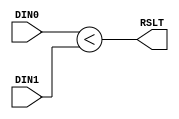
/******************************************************************************/
/* HMS(E), an E-record hardware merge sorter                 Ryohei Kobayashi */
/*                                                         Version 2017-11-30 */
/******************************************************************************/
`default_nettype none

/***** A comparator                                                       *****/
/******************************************************************************/
module COMPARATOR #(parameter              KEYW = 32)
                   (input  wire [KEYW-1:0] DIN0,
                    input  wire [KEYW-1:0] DIN1,
                    output wire            RSLT);
  
  assign RSLT = (DIN0 < DIN1);
  
endmodule


/***** A control logic to detect both keys are equal                      *****/
/******************************************************************************/
module EQUAL_DETECTOR #(parameter              KEYW = 32)
                       (input  wire [KEYW-1:0] DIN0,
                        input  wire [KEYW-1:0] DIN1,
                        output wire            RSLT);
  
  assign RSLT = (DIN0 == DIN1);
  
endmodule


/***** A 2-input multiplexer                                              *****/
/******************************************************************************/
module MUX2 #(parameter              DATW = 64)
             (input  wire [DATW-1:0] DIN0,
              input  wire [DATW-1:0] DIN1,
              input  wire            SEL,
              output wire [DATW-1:0] DOUT);

  function [DATW-1:0] mux;
    input [DATW-1:0] a;
    input [DATW-1:0] b;
    input            sel;
    begin
      case (sel)
        1'b0: mux = a;
        1'b1: mux = b;
      endcase
    end
  endfunction

  assign DOUT = mux(DIN1, DIN0, SEL);
    
endmodule
  

/***** A 3-input multiplexer                                              *****/
/******************************************************************************/
module MUX3 #(parameter              DATW = 64)
             (input  wire [DATW-1:0] DIN0,
              input  wire [DATW-1:0] DIN1,
              input  wire [DATW-1:0] DIN2,
              input  wire [1:0]      SEL,
              output wire [DATW-1:0] DOUT);

  function [DATW-1:0] mux;
    input [DATW-1:0] a;
    input [DATW-1:0] b;
    input [DATW-1:0] c;
    input [1:0]      sel;
    begin
      casex (sel)
        2'bx0: mux = a;
        2'b01: mux = b;
        2'b11: mux = c;
      endcase
    end
  endfunction

  assign DOUT = mux(DIN0, DIN2, DIN1, SEL);
    
endmodule
  

/***** A sort logic                                                       *****/
/******************************************************************************/
module SORT_LOGIC #(parameter                       E_LOG = 2,
                    parameter                       DATW  = 64,
                    parameter                       KEYW  = 32)
                   (input  wire                     CLK,
                    input  wire                     RST,
                    input  wire                     STALL,
                    input  wire [(DATW<<E_LOG)-1:0] DIN,
                    input  wire                     DINEN,
                    output wire [(DATW<<E_LOG)-1:0] DOT,
                    output wire                     DOTEN);
   
  genvar i;
  
  // Stage A
  //////////////////////////////////////////////////////////
  reg  [(DATW<<E_LOG)-1:0] din_a;    // pipeline register for E records
  reg                      dinen_a;  // pipeline register for control
  reg  [DATW-1:0]          fb_buf;
  wire [DATW-1:0]          fb_record;
  wire [(1<<E_LOG)-1:0]    comp_rslts;

  always @(posedge CLK) if (!STALL) din_a <= DIN;
  always @(posedge CLK) begin
    if      (RST)    dinen_a <= 0;
    else if (!STALL) dinen_a <= DINEN;
  end

  generate
    for (i=0; i<(1<<E_LOG); i=i+1) begin: comparators
      COMPARATOR #(KEYW)
      comparator(din_a[(KEYW+DATW*i)-1:DATW*i], fb_buf[KEYW-1:0], comp_rslts[i]);
    end
  endgenerate
  
  MUX2 #(DATW)
  mux2(din_a[(DATW<<E_LOG)-1:(DATW<<E_LOG)-DATW], fb_buf, ~comp_rslts[(1<<E_LOG)-1], fb_record);

  always @(posedge CLK) begin
    if (RST) begin
      fb_buf <= 0;  // This register is initialized to 0 for an ascending order
    end else if (!STALL) begin
      if (dinen_a) fb_buf <= fb_record;
    end
  end
  
  // Stage B
  //////////////////////////////////////////////////////////
  reg  [(DATW+(DATW<<E_LOG))-1:0] din_b;    // pipeline register for E records
  reg                             dinen_b;  // pipeline register for control
  reg  [(1<<E_LOG)-1:0]           comp_rslts_buf;
  wire [(DATW<<E_LOG)-1:0]        remaining_records;

  always @(posedge CLK) if (!STALL) din_b <= {fb_buf, din_a};
  always @(posedge CLK) begin
    if      (RST)    dinen_b <= 0;
    else if (!STALL) dinen_b <= dinen_a;
  end
  always @(posedge CLK) if (!STALL) comp_rslts_buf <= comp_rslts;

  generate
    for (i=0; i<(1<<E_LOG); i=i+1) begin: multiplexers
      if (i == 0) begin
        MUX2 #(DATW)
        mux2(din_b[DATW-1:0], din_b[(DATW+(DATW<<E_LOG))-1:(DATW<<E_LOG)], comp_rslts_buf[0], remaining_records[DATW-1:0]);
      end else begin
        MUX3 #(DATW)
        mux3(din_b[DATW*i-1:DATW*(i-1)], din_b[DATW*(i+1)-1:DATW*i], din_b[(DATW+(DATW<<E_LOG))-1:(DATW<<E_LOG)], comp_rslts_buf[i:i-1], remaining_records[DATW*(i+1)-1:DATW*i]);
      end
    end
  endgenerate

  // Output
  assign DOT   = remaining_records;
  assign DOTEN = dinen_b;
  
endmodule


/***** An E-record merge network                                          *****/
/******************************************************************************/
module MERGE_NETWORK #(parameter                       E_LOG = 2,
                       parameter                       DATW  = 64,
                       parameter                       KEYW  = 32)
                      (input  wire                     CLK,
                       input  wire                     RST,
                       input  wire                     STALL,
                       input  wire [(DATW<<E_LOG)-1:0] DIN,
                       input  wire                     DINEN,
                       output wire [(DATW<<E_LOG)-1:0] DOT,
                       output wire                     DOTEN);

  genvar i;
  generate
    for (i=0; i<(1<<E_LOG); i=i+1) begin: sort_logics
      wire [(DATW<<E_LOG)-1:0] din;
      wire                     dinen;
      wire [(DATW<<E_LOG)-1:0] dot;
      wire                     doten;
      SORT_LOGIC #(E_LOG, DATW, KEYW)
      sort_logic(CLK, RST, STALL, din, dinen, dot, doten);
    end
  endgenerate

  generate
    for (i=0; i<(1<<E_LOG); i=i+1) begin: connection
      if (i == 0) begin
        assign sort_logics[0].din   = DIN;
        assign sort_logics[0].dinen = DINEN;
      end else begin
        assign sort_logics[i].din   = sort_logics[i-1].dot;
        assign sort_logics[i].dinen = sort_logics[i-1].doten;
      end
    end
  endgenerate

  reg init_record_ejected;
  always @(posedge CLK) begin
    if      (RST)                             init_record_ejected <= 0;
    else if (sort_logics[(1<<E_LOG)-1].doten) init_record_ejected <= 1;
  end

  // Output
  assign DOT   = sort_logics[(1<<E_LOG)-1].dot;
  assign DOTEN = &{sort_logics[(1<<E_LOG)-1].doten, init_record_ejected, (~STALL)};
  
endmodule
  

/***** An SRL-based FIFO                                                  *****/
/******************************************************************************/
module SRL_FIFO #(parameter                    FIFO_SIZE  = 4,   // size in log scale, 4 for 16 entry
                  parameter                    FIFO_WIDTH = 64)  // fifo width in bit
                 (input  wire                  CLK,
                  input  wire                  RST,
                  input  wire                  enq,
                  input  wire                  deq,
                  input  wire [FIFO_WIDTH-1:0] din,
                  output wire [FIFO_WIDTH-1:0] dot,
                  output wire                  emp,
                  output wire                  full,
                  output reg  [FIFO_SIZE:0]    cnt);

  reg  [FIFO_SIZE-1:0]  head;
  reg  [FIFO_WIDTH-1:0] mem [(1<<FIFO_SIZE)-1:0];
  
  assign emp  = (cnt == 0);
  assign full = (cnt == (1<<FIFO_SIZE));
  assign dot  = mem[head];
    
  always @(posedge CLK) begin
    if (RST) begin
      cnt  <= 0;
      head <= {(FIFO_SIZE){1'b1}};
    end else begin
      case ({enq, deq})
        2'b01: begin cnt <= cnt - 1; head <= head - 1; end
        2'b10: begin cnt <= cnt + 1; head <= head + 1; end
      endcase
    end
  end

  integer i;
  always @(posedge CLK) begin
    if (enq) begin
      mem[0] <= din;
      for (i=1; i<(1<<FIFO_SIZE); i=i+1) mem[i] <= mem[i-1];
    end
  end
  
endmodule


/***** A selector logic                                                   *****/
/******************************************************************************/
module SELECTOR_LOGIC #(parameter                       E_LOG = 2,
                        parameter                       DATW  = 64,
                        parameter                       KEYW  = 32)
                       (input  wire                     CLK,
                        input  wire                     RST,
                        input  wire                     STALL,
                        input  wire [(DATW<<E_LOG)-1:0] DIN_A,
                        input  wire                     EMP_A,
                        input  wire [(DATW<<E_LOG)-1:0] DIN_B,
                        input  wire                     EMP_B,
                        output wire                     DEQ_A,
                        output wire                     DEQ_B,
                        output wire [(DATW<<E_LOG)-1:0] DOT,
                        output wire                     DOTEN);

  reg  [(DATW<<E_LOG)-1:0] A0, A1, B0, B1;
  reg                      A_in, B_in;
  reg                      init_A_done, init_B_done;
  reg                      comp_mux_buf;
  reg                      comp_state;
  reg                      flip_selector;
  wire                     deq_A_initbefore, deq_B_initbefore;
  wire                     deq_A_initafter, deq_B_initafter;
  wire [(DATW<<E_LOG)-1:0] selected_records;
  wire                     comp_rslt_A0B1, comp_rslt_A1B0;
  wire                     is_equal_A0B1, is_equal_A1B0;
  wire                     comp_mux_out;
  wire                     is_equal_mux_out;

  assign deq_A_initbefore = ~|{EMP_A,init_A_done};
  assign deq_B_initbefore = ~|{EMP_B,init_B_done} && init_A_done;

  assign deq_A_initafter = &{(~EMP_A),   comp_mux_buf,  init_B_done, (~STALL)};
  assign deq_B_initafter = &{(~EMP_B), (~comp_mux_buf), init_B_done, (~STALL)};
  
  always @(posedge CLK) begin
    if (RST) begin
      A_in        <= 0;
      B_in        <= 0;
      init_A_done <= 0;
      init_B_done <= 0;
    end else begin
      if (!A_in)            A_in        <= deq_A_initbefore;
      if (!B_in)            B_in        <= deq_B_initbefore;
      if (deq_A_initbefore) init_A_done <= A_in;
      if (deq_B_initbefore) init_B_done <= B_in;
    end
  end

  // Stage 1
  //////////////////////////////////////////////////////////
  always @(posedge CLK) if (DEQ_A) A0 <= DIN_A;
  always @(posedge CLK) if (DEQ_B) B0 <= DIN_B;

  COMPARATOR #(KEYW)
  comparatorA0B1(A0[KEYW-1:0], B1[KEYW-1:0], comp_rslt_A0B1);
  COMPARATOR #(KEYW)
  comparatorA1B0(A1[KEYW-1:0], B0[KEYW-1:0], comp_rslt_A1B0);

  EQUAL_DETECTOR #(KEYW)
  equal_detectorA0B1(A0[KEYW-1:0], B1[KEYW-1:0], is_equal_A0B1);
  EQUAL_DETECTOR #(KEYW)
  equal_detectorA1B0(A1[KEYW-1:0], B0[KEYW-1:0], is_equal_A1B0);
  
  MUX2 #(1) mux2_4_comprslt(comp_rslt_A0B1, comp_rslt_A1B0, comp_mux_buf, comp_mux_out);
  MUX2 #(1) mux2_4_is_equal(is_equal_A0B1, is_equal_A1B0, comp_mux_buf, is_equal_mux_out);
    
  // Stage 2
  //////////////////////////////////////////////////////////
  always @(posedge CLK) if (DEQ_A) A1 <= A0;
  always @(posedge CLK) if (DEQ_B) B1 <= B0;

  always @(posedge CLK) begin
    if (RST) begin
      comp_mux_buf  <= 0;
      comp_state    <= 0;
      flip_selector <= 0;
    end else begin
      case (comp_state)
        0: begin
          if (B_in && deq_B_initbefore) begin
            comp_mux_buf <= comp_mux_out;
            comp_state   <= 1;
          end
        end
        1: begin
          if (deq_A_initafter || deq_B_initafter) begin
            if (is_equal_mux_out) begin comp_mux_buf <= flip_selector; flip_selector <= ~flip_selector; end
            else                  begin comp_mux_buf <= comp_mux_out;                                   end
          end
        end
      endcase
    end
  end
  
  MUX2 #((DATW<<E_LOG)) mux2_4_record(A1, B1, comp_mux_buf, selected_records);

  // Output
  assign DEQ_A = deq_A_initbefore || deq_A_initafter;
  assign DEQ_B = deq_B_initbefore || deq_B_initafter;
  assign DOT   = selected_records;
  assign DOTEN = deq_A_initafter || deq_B_initafter;
  
endmodule
  

/***** A merge logic                                                      *****/
/******************************************************************************/
module MERGE_LOGIC #(parameter                       E_LOG = 2,
                     parameter                       DATW  = 64,
                     parameter                       KEYW  = 32)
                    (input  wire                     CLK,
                     input  wire                     RST,
                     input  wire                     IN_FULL,
                     input  wire                     ENQ_A,
                     input  wire [(DATW<<E_LOG)-1:0] DIN_A,
                     input  wire                     ENQ_B,
                     input  wire [(DATW<<E_LOG)-1:0] DIN_B,
                     output wire                     FUL_A,
                     output wire                     FUL_B,
                     output wire [(DATW<<E_LOG)-1:0] DOT,
                     output wire                     DOTEN);

  // stall signal
  reg stall; 
  always @(posedge CLK) stall <= IN_FULL;

  wire                     fifo_4_regA_deq, fifo_4_regB_deq;
  wire [(DATW<<E_LOG)-1:0] fifo_4_regA_dot, fifo_4_regB_dot;
  wire                     fifo_4_regA_emp, fifo_4_regB_emp;
  wire                     fifo_4_regA_ful, fifo_4_regB_ful;
  wire [4:0]               fifo_4_regA_cnt, fifo_4_regB_cnt;

  wire [(DATW<<E_LOG)-1:0] selected_records;
  wire                     selected_records_valid;

  wire [(DATW<<E_LOG)-1:0] merge_network_dot;
  wire                     merge_network_doten;

  SRL_FIFO #(4, (DATW<<E_LOG))
  fifo_4_regA(CLK, RST, ENQ_A, fifo_4_regA_deq, DIN_A, 
              fifo_4_regA_dot, fifo_4_regA_emp, fifo_4_regA_ful, fifo_4_regA_cnt);
  SRL_FIFO #(4, (DATW<<E_LOG))
  fifo_4_regB(CLK, RST, ENQ_B, fifo_4_regB_deq, DIN_B, 
              fifo_4_regB_dot, fifo_4_regB_emp, fifo_4_regB_ful, fifo_4_regB_cnt);

  SELECTOR_LOGIC #(E_LOG, DATW, KEYW)
  selector_logic(CLK, RST, stall, fifo_4_regA_dot, fifo_4_regA_emp, fifo_4_regB_dot, fifo_4_regB_emp, 
                 fifo_4_regA_deq, fifo_4_regB_deq, selected_records, selected_records_valid);
  
  MERGE_NETWORK #(E_LOG, DATW, KEYW)
  merge_network(CLK, RST, stall, selected_records, selected_records_valid, 
                merge_network_dot, merge_network_doten);

  // Output
  assign FUL_A = fifo_4_regA_ful;
  assign FUL_B = fifo_4_regB_ful;
  assign DOT   = merge_network_dot;
  assign DOTEN = merge_network_doten;
  
endmodule
  

/***** A coupler                                                          *****/
/******************************************************************************/
module COUPLER #(parameter                           E_LOG = 2,
                 parameter                           DATW  = 64)
                (input  wire                         CLK,
                 input  wire                         RST,
                 input  wire                         IN_FULL,
                 input  wire [(DATW<<(E_LOG-1))-1:0] DIN,
                 input  wire                         DINEN,
                 output wire [(DATW<<E_LOG)-1:0]     DOT,
                 output wire                         DOTEN);

  // stall signal
  reg stall; 
  always @(posedge CLK) stall <= IN_FULL;
  
  reg [(DATW<<E_LOG)-1:0] record_buf;
  reg                     record_buf_cnt;
  reg                     record_buf_en;
  
  always @(posedge CLK) begin
    if (DINEN) record_buf <= {DIN, record_buf[(DATW<<E_LOG)-1:(DATW<<(E_LOG-1))]};
  end
  always @(posedge CLK) begin
    if      (RST)   record_buf_cnt <= 0;
    else if (DINEN) record_buf_cnt <= ~record_buf_cnt;
  end
  always @(posedge CLK) if (!stall) record_buf_en <= &{DINEN, record_buf_cnt};

  // Output
  assign DOT   = record_buf;
  assign DOTEN = &{record_buf_en, (~stall)};
  
endmodule


/***** A merge node                                                       *****/
/******************************************************************************/
module MERGE_NODE #(parameter                           E_LOG = 2,
                    parameter                           DATW  = 64,
                    parameter                           KEYW  = 32)
                   (input  wire                         CLK,
                    input  wire                         RST,
                    input  wire                         IN_FULL,
                    input  wire [(DATW<<(E_LOG-1))-1:0] DIN_A,
                    input  wire                         DINEN_A,
                    input  wire [(DATW<<(E_LOG-1))-1:0] DIN_B,
                    input  wire                         DINEN_B,
                    output wire                         FUL_A,
                    output wire                         FUL_B,
                    output wire [(DATW<<E_LOG)-1:0]     DOT,
                    output wire                         DOTEN);

  wire [(DATW<<E_LOG)-1:0] coupler_4_A_dot, coupler_4_B_dot;
  wire                     coupler_4_A_doten, coupler_4_B_doten;

  COUPLER #(E_LOG, DATW)
  coupler_4_A(CLK, RST, FUL_A, DIN_A, DINEN_A, coupler_4_A_dot, coupler_4_A_doten);
  COUPLER #(E_LOG, DATW)
  coupler_4_B(CLK, RST, FUL_B, DIN_B, DINEN_B, coupler_4_B_dot, coupler_4_B_doten);
  
  MERGE_LOGIC #(E_LOG, DATW, KEYW)
  merge_logic(CLK, RST, IN_FULL, coupler_4_A_doten, coupler_4_A_dot, coupler_4_B_doten, coupler_4_B_dot, 
              FUL_A, FUL_B, DOT, DOTEN);

endmodule


/***** A merge tree                                                       *****/
/******************************************************************************/
module MERGE_TREE #(parameter                       E_LOG = 2,
                    parameter                       DATW  = 64,
                    parameter                       KEYW  = 32)
                   (input  wire                     CLK,
                    input  wire                     RST,
                    input  wire                     IN_FULL,
                    input  wire [(DATW<<E_LOG)-1:0] DIN,
                    input  wire [(1<<E_LOG)-1:0]    DINEN,
                    output wire [(1<<E_LOG)-1:0]    FULL,
                    output wire [(DATW<<E_LOG)-1:0] DOT,
                    output wire                     DOTEN);

  genvar i, j;
  generate
    for (i=0; i<E_LOG; i=i+1) begin: level
      wire [(1<<(E_LOG-(i+1)))-1:0] node_in_full;
      wire [(DATW<<E_LOG)-1:0]      node_din;
      wire [(1<<(E_LOG-i))-1:0]     node_dinen;
      wire [(1<<(E_LOG-i))-1:0]     node_full;
      wire [(DATW<<E_LOG)-1:0]      node_dot;
      wire [(1<<(E_LOG-(i+1)))-1:0] node_doten;
      for (j=0; j<(1<<(E_LOG-(i+1))); j=j+1) begin: nodes
        MERGE_NODE #((i+1), DATW, KEYW)
        merge_node(CLK, RST, node_in_full[j], node_din[(DATW<<(i))*(2*j+1)-1:(DATW<<(i))*(2*j)], node_dinen[2*j], node_din[(DATW<<(i))*(2*j+2)-1:(DATW<<(i))*(2*j+1)], node_dinen[2*j+1], 
                   node_full[2*j], node_full[2*j+1], node_dot[(DATW<<(i+1))*(j+1)-1:(DATW<<(i+1))*j], node_doten[j]);
      end
    end
  endgenerate
  
  generate
    for (i=0; i<E_LOG; i=i+1) begin: connection
      if (i == 0) begin
        assign level[0].node_din   = DIN;
        assign level[0].node_dinen = DINEN;
        assign FULL                = level[0].node_full;
      end else begin
        assign level[i].node_din       = level[i-1].node_dot;
        assign level[i].node_dinen     = level[i-1].node_doten;
        assign level[i-1].node_in_full = level[i].node_full;
      end
    end
  endgenerate

  assign level[E_LOG-1].node_in_full = IN_FULL;
  assign DOT                         = level[E_LOG-1].node_dot;
  assign DOTEN                       = level[E_LOG-1].node_doten;

endmodule

`default_nettype wire